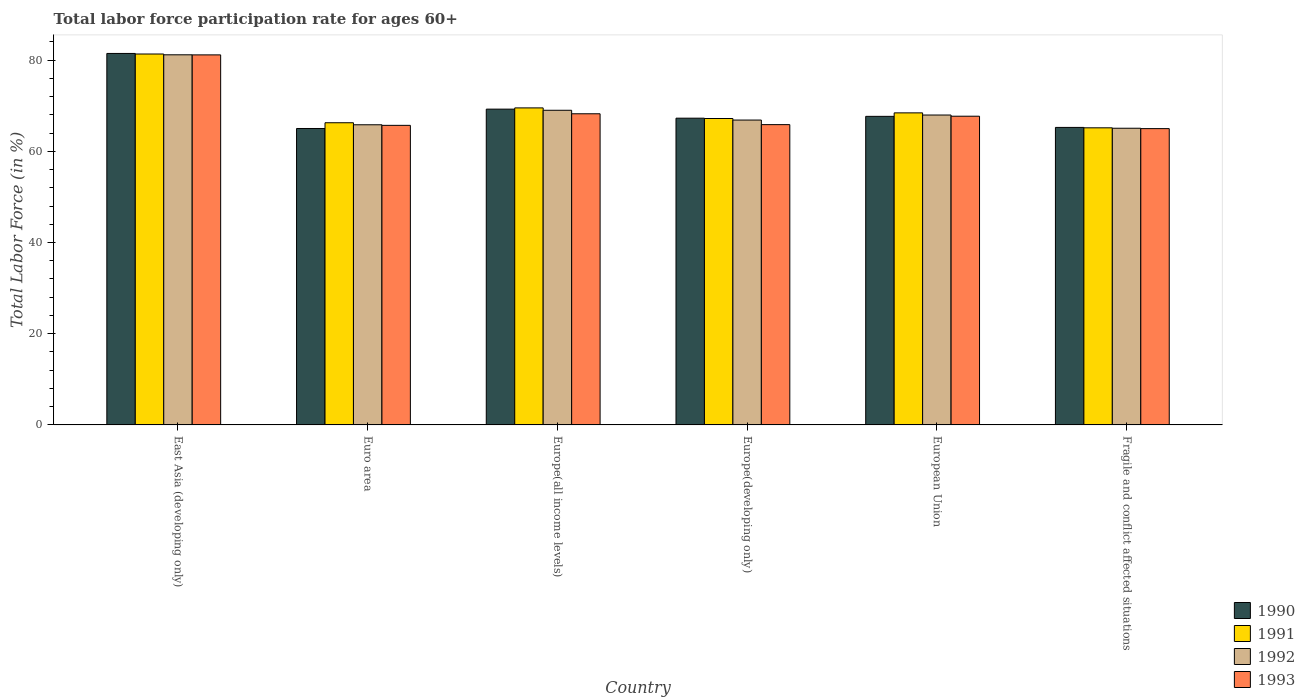
| Country | 1990 | 1991 | 1992 | 1993 |
 | --- | --- | --- | --- | --- |
 | East Asia (developing only) | 81.5 | 81.3 | 81.2 | 81.1 |
 | Euro area | 65 | 66.3 | 65.8 | 65.7 |
 | Europe(all income levels) | 69.2 | 69.5 | 69 | 68.2 |
 | Europe(developing only) | 67.3 | 67.2 | 66.8 | 65.8 |
 | European Union | 67.7 | 68.4 | 68 | 67.7 |
 | Fragile and conflict affected situations | 65.2 | 65.1 | 65.1 | 65 |